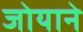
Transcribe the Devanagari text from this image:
जोयाने